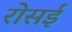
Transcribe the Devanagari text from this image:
रोसई